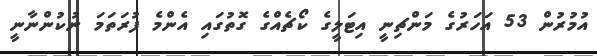
އުމުރުން 53 އަހަރުގެ މަންޗިނީ އިޓަލީގެ ކޯޗެއްގެ ގޮތުގައި އެންމެ ފުރަތަމަ ނުކުންނާނީ